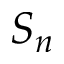
S _ { n }